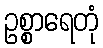
ဥစ္စာရေတုံ